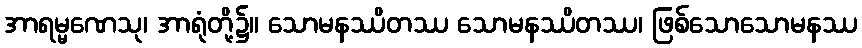
အာရမ္မဏေသု၊ အာရုံတို့၌။ သောမနဿိတဿ သောမနဿိတဿ၊ ဖြစ်သောသောမနဿ